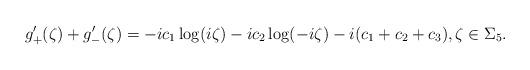
LaTeX: \begin{align*}g_+'(\zeta)+g_-'(\zeta)=-ic_1\log(i\zeta)-ic_2\log(-i\zeta)-i(c_1+c_2+c_3),\zeta\in\Sigma_5.\end{align*}